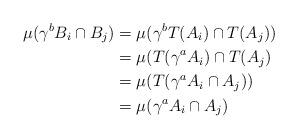
LaTeX: \begin{align*} \mu(\gamma^b B_i \cap B_j) & = \mu(\gamma^b T(A_i) \cap T(A_j)) \\ & = \mu(T(\gamma^a A_i) \cap T(A_j) \\ & = \mu(T(\gamma^a A_i \cap A_j)) \\ & = \mu(\gamma^a A_i \cap A_j) \end{align*}